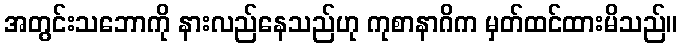
အတွင်းသဘောကို နားလည်နေသည်ဟု ကုစာနာဂိက မှတ်ထင်ထားမိသည်။